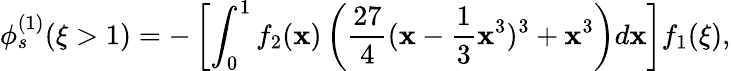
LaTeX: \phi_{s}^{(1)}(\xi>1)=-\left[\int_{0}^{1}f_{2}(\mathbf{x})\left(\frac{{27}}{{4}}(\mathbf{x}-\frac{{1}}{{3}}\mathbf{x}^{3})^{3}+\mathbf{x}^{3}\right)d\mathbf{x}\right]f_{1}(\xi),